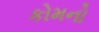
કોમનો